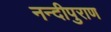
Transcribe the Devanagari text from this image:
नन्दीपुराण